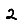
Digit: 2